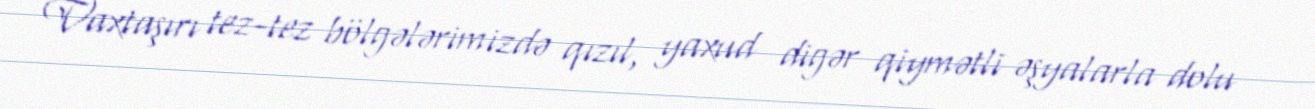
Vaxtaşırı tez-tez bölgələrimizdə qızıl, yaxud digər qiymətli əşyalarla dolu